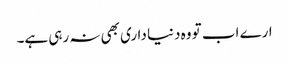
ارے اب تو وہ دنیا داری بھی نہ رہی ہے۔